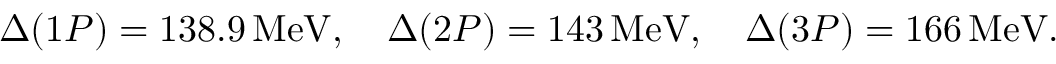
\Delta ( 1 P ) = 1 3 8 . 9 \, \mathrm { M e V } , \quad \Delta ( 2 P ) = 1 4 3 \, \mathrm { M e V } , \quad \Delta ( 3 P ) = 1 6 6 \, \mathrm { M e V } .